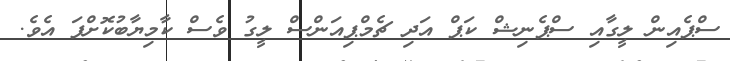
ސްޕެއިން ލީގާއި ސްޕެނިޝް ކަޕް އަދި ޗެމްޕިއަންސް ލީގު ވެސް ކާމިޔާބުކޮށްފަ އެވެ.